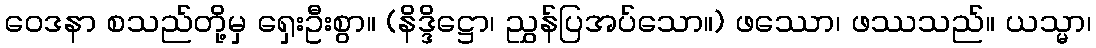
ဝေဒနာ စသည်တို့မှ ရှေးဦးစွာ။ (နိဒ္ဒိဋ္ဌော၊ ညွှန်ပြအပ်သော။) ဖဿော၊ ဖဿသည်။ ယသ္မာ၊